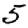
Digit: 5